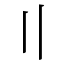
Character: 〢